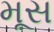
મૂસ